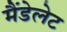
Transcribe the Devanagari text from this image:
मैंडेलेट